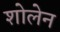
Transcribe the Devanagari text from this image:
शोलेन